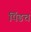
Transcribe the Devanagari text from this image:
पिंडच